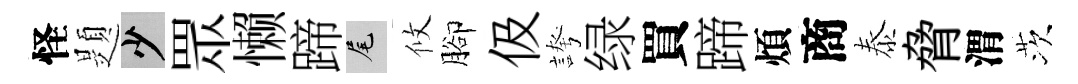
怪題少眾懒蹄尾攸腳伋誇绿買蹄煩商泰脅渭茨